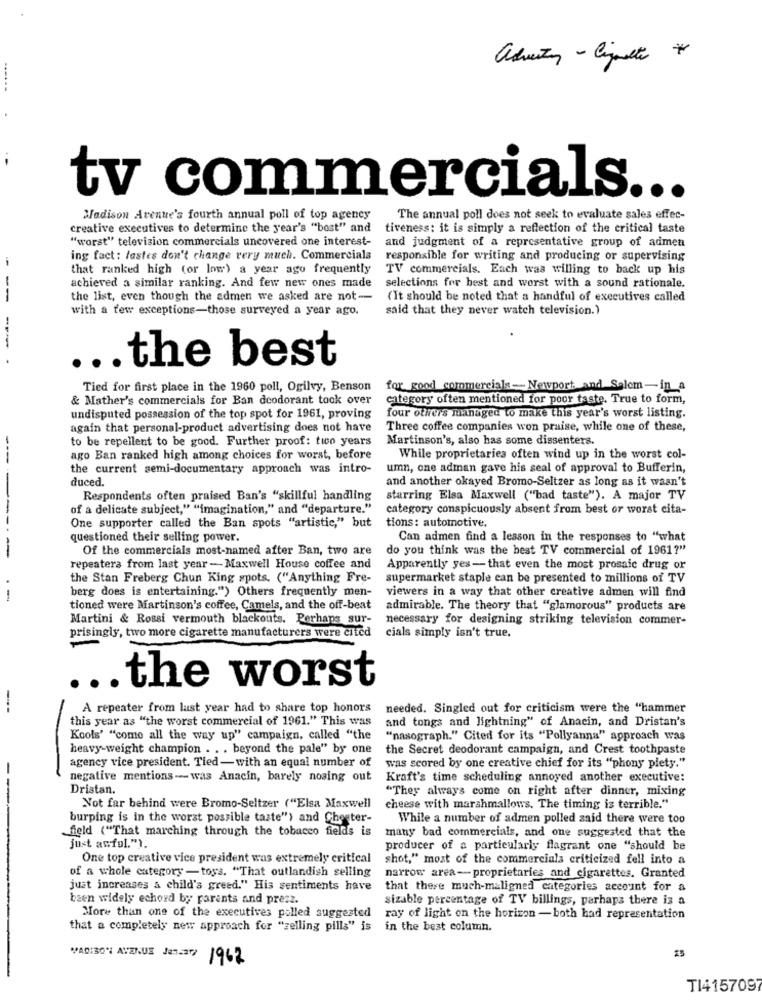
advertir - lingette #
------
..
tv commercials ...
Madison Avenue's fourth annual poll of top agency
The annual poll does not seek to evaluate sales effec-
creative executives to determine the year's "bost" and
tiveness: it is simply a reflection of the critical taste
"worst" television commercials uncovered one interest-
and judgment of a representative group of admen
ing fact: fastes don't change very much. Commerciala
responsible for writing and producing or supervising
-
that ranked high (or low) a year ago frequently
TV commercials. Each was willing to back up his
achieved a similar ranking. And few new ones made
selections for best and worst with a sound rationale.
--
the list, even though the admen we asked are not-
(It should be noted that a handful of executives called
with a few exceptions-those surveyed a year ago.
said that they never watch television.)
..
the best
Tied for first place in the 1960 poll, Ogilvy, Benson
for good commercials - Newport. and Salem-in a
& Mather's commercials for Ban deodorant took over
category often mentioned for poor taste. True to form,
four others managed to make this year's worst listing.
undisputed possession of the top spot for 1961, proving
again that personal-product advertising does not have
Three coffee companies won praise, while one of these,
to be repellent to be good. Further proof: tico years
Martinson's, also has some dissenters.
ago Ban ranked high among choices for worst, before
While proprietaries often wind up in the worst col-
the current semi-documentary approach was intro-
umn, one adman gave his seal of approval to Bufferin,
duced.
and another okayed Bromo-Seltzer as long as it wasn't
Respondents often praised Ban's "skillful handling
starring Elsa Maxwell ("bad taste"). A major TV
of a delicate subject," "imagination," and "departure."
category conspicuously absent from best or worst cita-
One supporter called the Ban spots "artistic," but
tions: automotive.
questioned their selling power.
Can admen find a lesson in the responses to "what
Of the commercials most-named after Ban, two are
do you think was the best TV commercial of 1961?"
---------
repeatera from last year -Maxwell House coffee and
Apparently yes- that even the most prosaic drug or
the Stan Freberg Chun King spots. ("Anything Fre-
supermarket staple can be presented to millions of TV
berg does is entertaining.") Others frequently men-
viewers in a way that other creative admen will find
tioned were Martinson's coffee, Camels, and the off-beat
admirable. The theory that "glamorous" products are
Martini & Rossi vermouth blackouts. Perhaps sur-
necessary for designing striking television commer-
prisingly, two more cigarette manufacturers were cited
cials simply isn't true,
the worst
---
A repeater from last year had to share top honors
needed. Singled out for criticism were the "hammer
this year as "the worst commercial of 1961." This was
and tongs and lightning" of Anacin, and Dristan's
Kools' "come all the way up" campaign, called "the
"nasograph." Cited for its "Pollyanna" approach was
heavy-weight champion . .. beyond the pale" by one
the Secret deodorant campaign, and Crest toothpaste
-
agency vice president. Tied-with an equal number of
was scored by one creative chief for its "phony plety."
negative mentions -was Anacin, barely nosing out
Kraft's time scheduling annoyed another executive:
Dristan.
"They always come on right after dinner, mixing
Not far behind were Bromo-Seltzer ("Elsa Maxwell
cheese with marshmallows. The timing is terrible."
burping is in the worst possible taste") and Cheeter-
While a number of admen polled said there were too
field ("That marching through the tobacco fields is
many bad commercials, and one suggested that the
just asfol.").
producer of a particularly flagrant one "should be
One top creative vice president was extremely critical
shot," most of the commercials criticized fell into a
of a whole category - toys. "That outlandish selling
narrow area- proprietaries and cigarettes. Granted
just increases a child's greed." His sentiments have
that there much-maligned categories account for a
been widely echord by parents and press.
sizable percentage of TV billings, perhaps there is a
More than one of the executives polled suggested
ray of light on the horizon - both had representation
that a completely new approach for "zelling pills" is
in the best column.
VAD:30% AVENUE January 1962
TI4157097